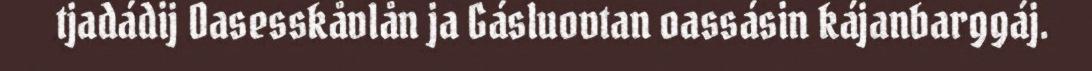
tjadádij Oasesskåvlån ja Gásluovtan oassásin kájanbarggáj.